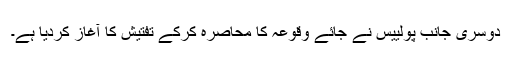
دوسری جانب پولییس نے جائے وقوعہ کا محاصرہ کرکے تفتیش کا آغاز کردیا ہے۔